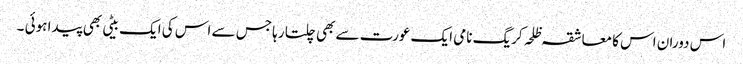
اس دوران اس کا معاشقہ ظلحہ کریگ نامی ایک عورت سے بھی چلتا رہا جس سے اس کی ایک بیٹی بھی پیدا ہوئی ۔